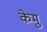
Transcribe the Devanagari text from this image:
केमु